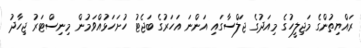
ރައްޔިތުންގެ މަޖިލީހުގެ މިއަދުގެ ޖަލްސާގައި އަންނަ އަހަރުގެ ބަޖެޓު ހުށަހަޅުއްވަމުން މިނިސްޓަރު ޖިހާދު